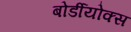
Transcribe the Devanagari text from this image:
बोर्डीयोक्स